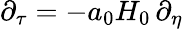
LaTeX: \partial_{\tau}=-a_{0}H_{0}\, \partial_{\eta}